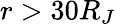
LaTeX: r>30R_{J}